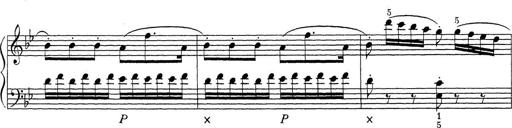
Title: ÄŒeskÃ© Sonatiny
Composer: Various